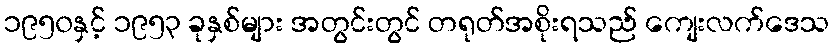
၁၉၅၀နှင့် ၁၉၅၃ ခုနှစ်များ အတွင်းတွင် တရုတ်အစိုးရသည် ကျေးလက်ဒေသ